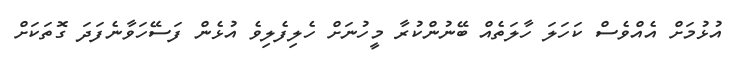
އުޅުމަށް އެއްވެސް ކަހަލަ ހާލަތެއް ބޭނުންކުރާ މީހުނަށް ހެލިފެލިވެ އުޅެން ފަސޭހަވާނެފަދަ ގޮތަކަށް